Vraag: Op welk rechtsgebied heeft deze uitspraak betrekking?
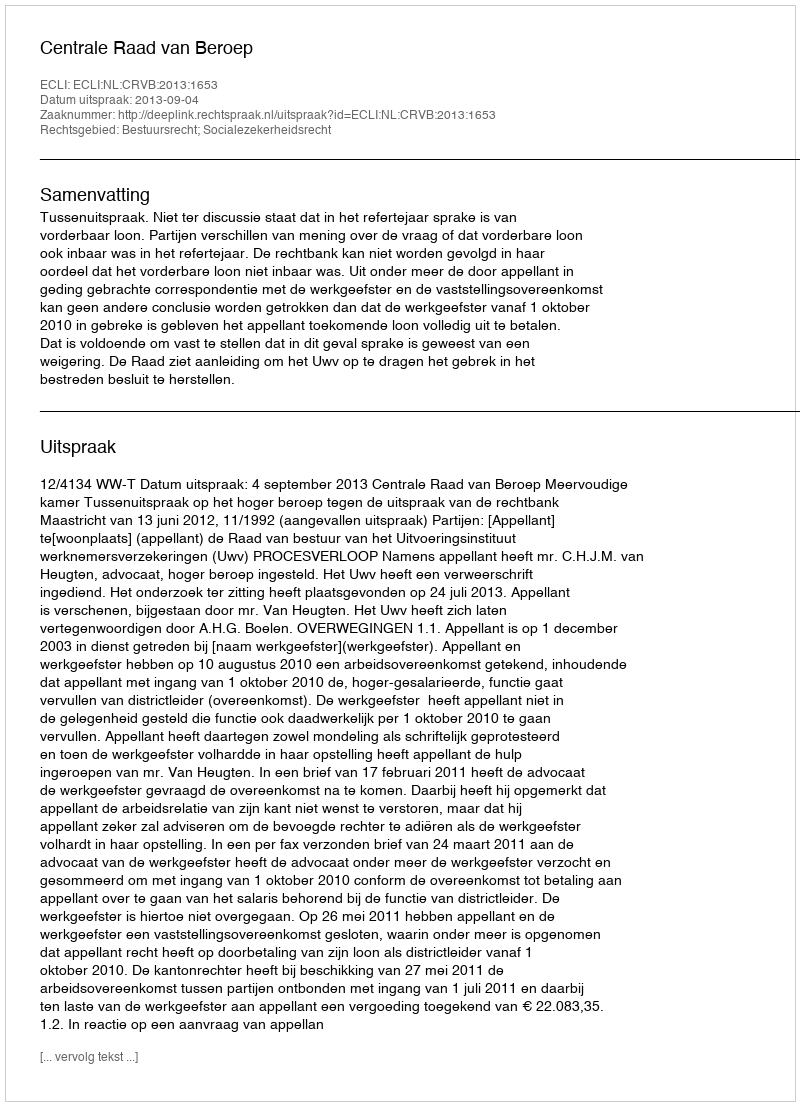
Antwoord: Bestuursrecht; Socialezekerheidsrecht